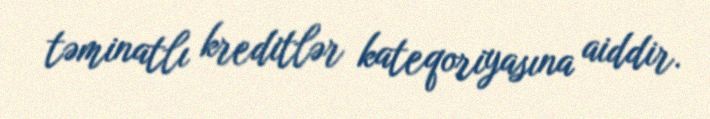
təminatlı kreditlər kateqoriyasına aiddir.